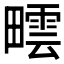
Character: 𤳟